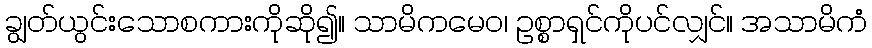
ချွတ်ယွင်းသောစကားကိုဆို၍။ သာမိကမေဝ၊ ဥစ္စာရှင်ကိုပင်လျှင်။ အသာမိကံ